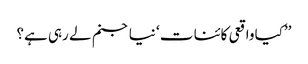
’’کیا واقعی کائنا ت ‘ نیا جنم لے رہی ہے؟